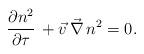
LaTeX: \begin{align*}\frac{\partial n^2}{\partial \tau}\,+\vec{v}\,\vec{\nabla}\,n^2=0.\end{align*}